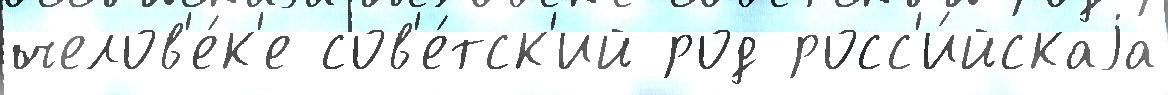
челов'е́к'е сов'е́тск'ий род росс'и́йскаjа